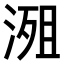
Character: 𣹖